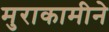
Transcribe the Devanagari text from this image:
मुराकामीने